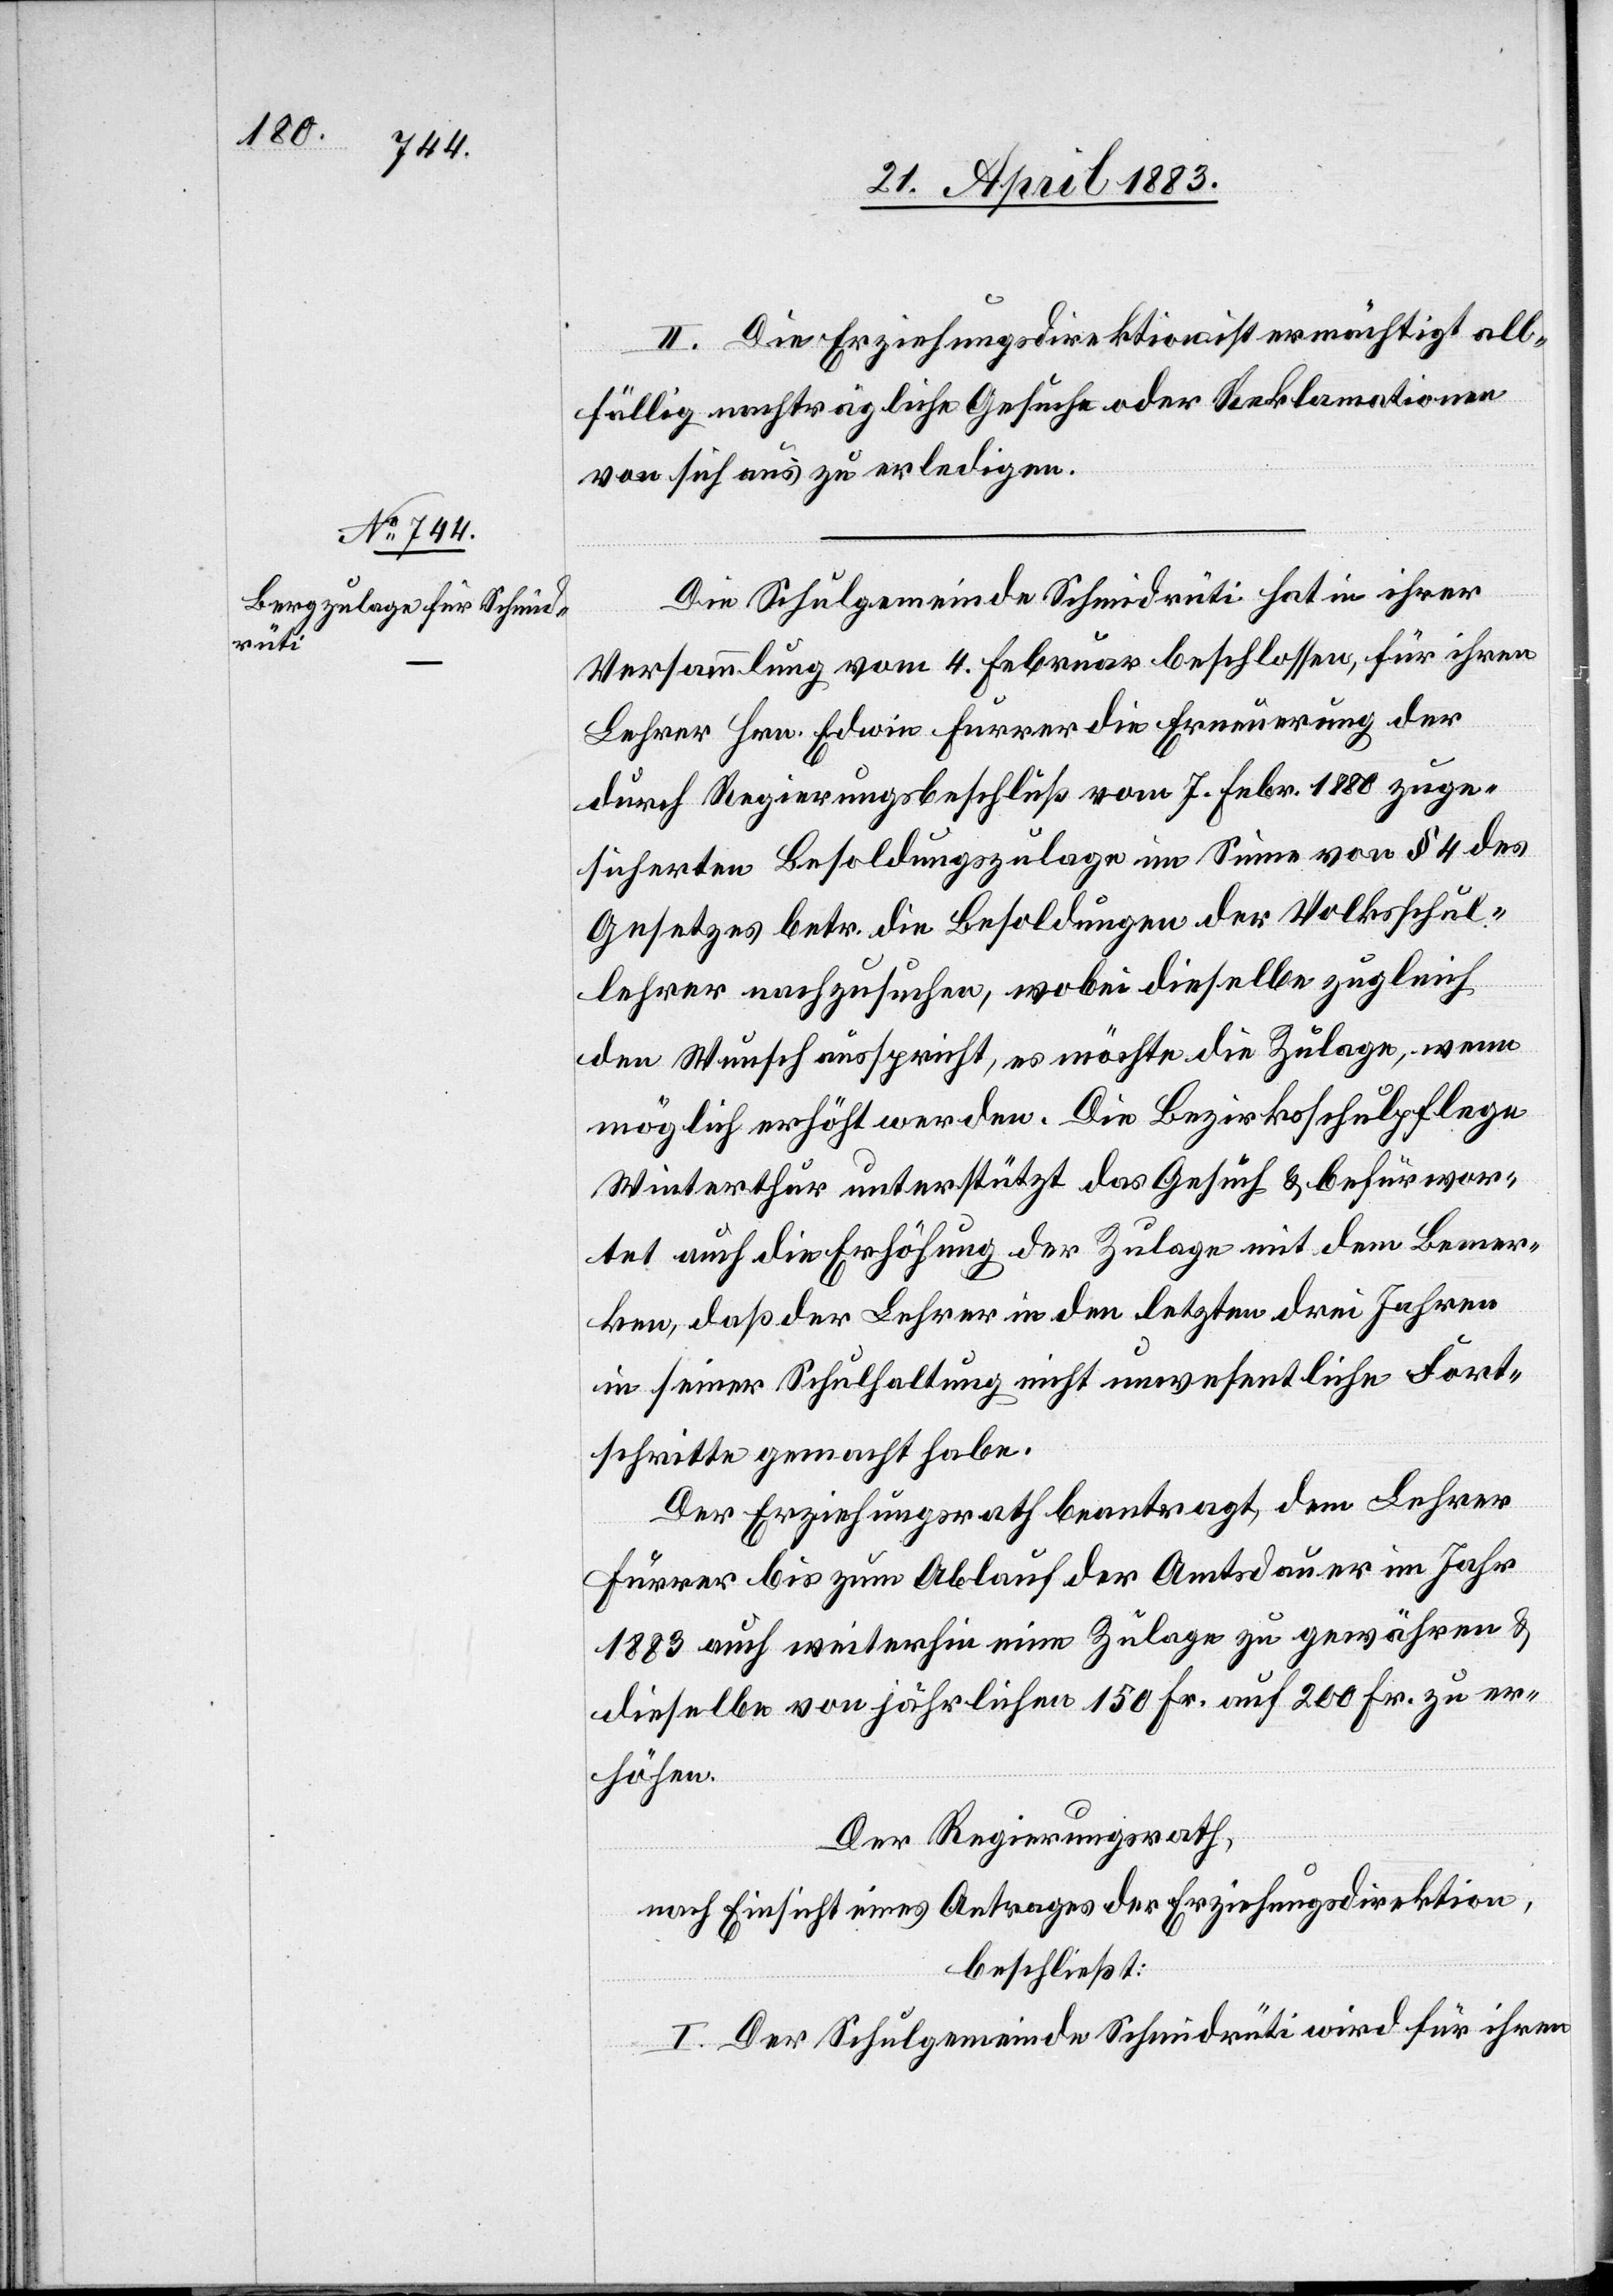
II. Die Erziehungsdirektion ermächtigt all¬
fällig nachträgliche Gesuche oder Reklamationen
von sich aus zu erledigen.
Die Schulgemeinde Schmidrüti hat in ihrer
Versammlung vom 4. Februar beschlossen, für ihren
Lehrer Hrn. Edwin Furrer die Erneuerung der
durch Regierungsbeschluß vom 7. Febr. 1880 zuge¬
sicherten Besoldungszulage im Sinne von § 4 des
Gesetzes betr. die Besoldungen der Volksschul¬
lehrer nachzusuchen, wobei dieselbe zugleich
den Wunsch ausspricht, es möchte die Zulage, wenn
möglich erhöht werden. Die Bezirksschulpflege
Winterthur unterstützt das Gesuch & befürwor¬
tet auch die Erhöhung der Zulage mit dem Bemer¬
ken, daß der Lehrer in den letzten drei Jahren
in seiner Schulhaltung nicht unwesentliche Fort¬
schritte gemacht habe.
Der Erziehungsrath beantragt, dem Lehrer
Furrer bis zum Ablauf der Amtsdauer im Jahr
1883 auch weiterhin eine Zulage zu gewähren &
dieselbe von jährlichen 150 Fr. auf 200 Fr. zu er¬
höhen.
Der Regierungsrath,
nach Einsicht eines Antrages der Erziehungsdirektion,
beschließt:
I. Der Schulgemeinde Schmidrüti wird für ihren